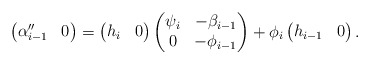
\begin{align*}\begin{pmatrix}\alpha''_{i-1} & 0\end{pmatrix}= \begin{pmatrix}h_{i} & 0\end{pmatrix}\begin{pmatrix}\psi_i & -\beta_{i-1}\\0 & -\phi_{i-1} \\\end{pmatrix}+ \phi_{i}\begin{pmatrix}h_{i-1} & 0\end{pmatrix}.\end{align*}